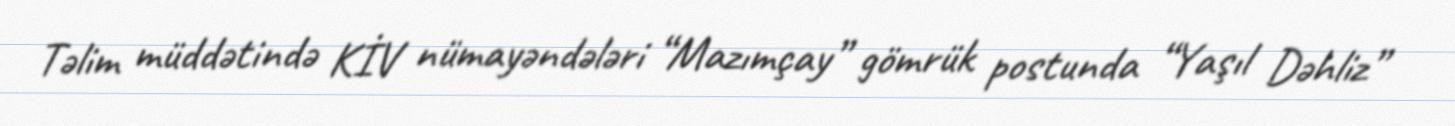
Təlim müddətində KİV nümayəndələri “Mazımçay” gömrük postunda “Yaşıl Dəhliz”